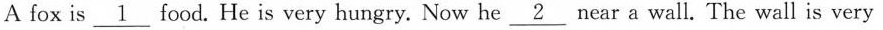
A fox is \underline{1} food. He is very hungry. Now he \underline{2} near a wall. The wall is very